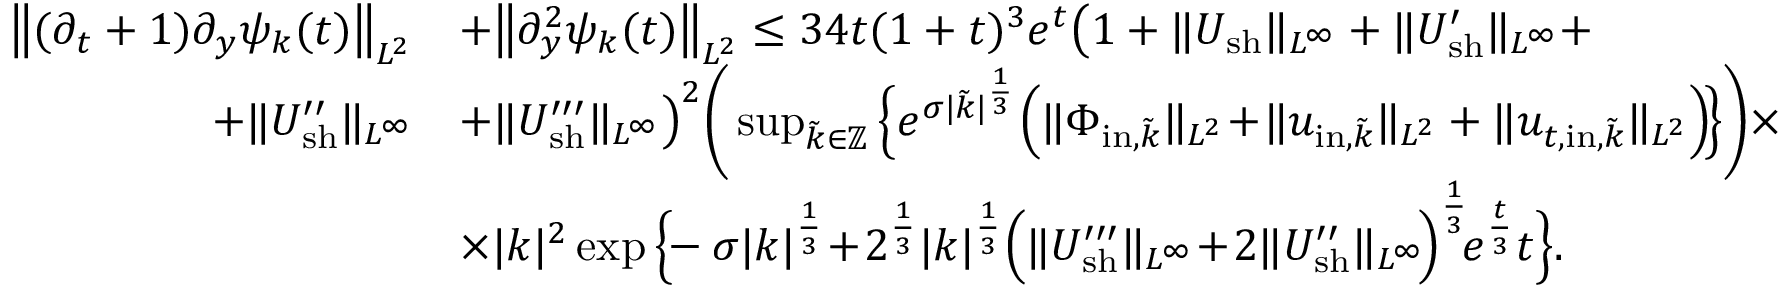
\begin{array} { r l } { \big \| ( \partial _ { t } + 1 ) \partial _ { y } \psi _ { k } ( t ) \big \| _ { L ^ { 2 } } } & { + \big \| \partial _ { y } ^ { 2 } \psi _ { k } ( t ) \big \| _ { L ^ { 2 } } \leq 3 4 t ( 1 + t ) ^ { 3 } e ^ { t } \big ( 1 + \| U _ { \mathrm { s h } } \| _ { L ^ { \infty } } + \| U _ { \mathrm { s h } } ^ { \prime } \| _ { L ^ { \infty } } + } \\ { + \| U _ { \mathrm { s h } } ^ { \prime \prime } \| _ { L ^ { \infty } } } & { + \| U _ { \mathrm { s h } } ^ { \prime \prime \prime } \| _ { L ^ { \infty } } \big ) ^ { 2 } \bigg ( \operatorname* { s u p } _ { \tilde { k } \in \mathbb Z } \Big \{ e ^ { \sigma | \tilde { k } | ^ { \frac { 1 } { 3 } } } \Big ( \| \Phi _ { \mathrm { i n } , \tilde { k } } \| _ { L ^ { 2 } } \! + \! \| u _ { \mathrm { i n } , \tilde { k } } \| _ { L ^ { 2 } } + \| u _ { t , \mathrm { i n } , \tilde { k } } \| _ { L ^ { 2 } } \Big ) \! \Big \} \bigg ) \times } \\ & { \times | k | ^ { 2 } \exp \Big \{ \! \! - \sigma | k | ^ { \frac { 1 } { 3 } } \! + \! 2 ^ { \frac { 1 } { 3 } } | k | ^ { \frac { 1 } { 3 } } \Big ( \| U _ { \mathrm { s h } } ^ { \prime \prime \prime } \| _ { L ^ { \infty } } \! + \! 2 \| U _ { \mathrm { s h } } ^ { \prime \prime } \| _ { L ^ { \infty } } \! \Big ) ^ { \frac { 1 } { 3 } } \! e ^ { \frac { t } { 3 } } t \Big \} . } \end{array}